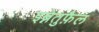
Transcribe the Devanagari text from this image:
इब्नेतुफ़ैल